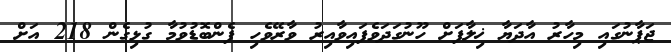
ޖަޕާނުގައި މިހާރު އާދަޔާ ޚިލާފަށް ހޫނުގަދަވެފައިވާއިރު ވާރޭވެހި ފެންބޮޑުވުމާ ގުޅިގެން 218 އަށް